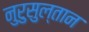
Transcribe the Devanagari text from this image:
नुरुसुल्तान